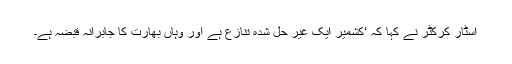
اسٹار کرکٹر نے کہا کہ ‘کشمیر ایک غیر حل شدہ تنازع ہے اور وہاں بھارت کا جابرانہ قبضہ ہے۔